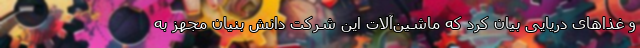
و غذاهای دریایی بیان کرد که ماشین‌آلات این شرکت دانش بنیان مجهز به